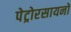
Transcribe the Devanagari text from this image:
पेट्रोरसायनों